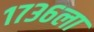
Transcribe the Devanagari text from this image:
१७३६ला